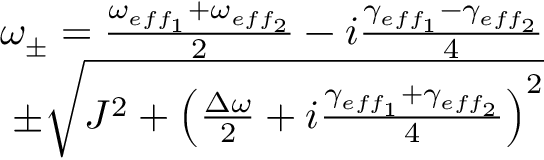
\begin{array} { r } { \omega _ { \pm } = \frac { \omega _ { e f f _ { 1 } } + \omega _ { e f f _ { 2 } } } { 2 } - i \frac { \gamma _ { e f f _ { 1 } } - \gamma _ { e f f _ { 2 } } } { 4 } } \\ { \pm \sqrt { J ^ { 2 } + \left( \frac { \Delta \omega } { 2 } + i \frac { \gamma _ { e f f _ { 1 } } + \gamma _ { e f f _ { 2 } } } { 4 } \right) ^ { 2 } } } \end{array}